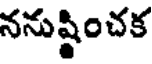
ననుష్టించక